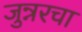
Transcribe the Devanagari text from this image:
जुन्नरचा